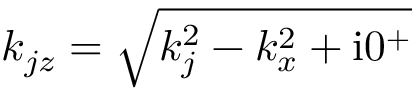
k _ { j z } = \sqrt { k _ { j } ^ { 2 } - k _ { x } ^ { 2 } + \mathrm { i } 0 ^ { + } }